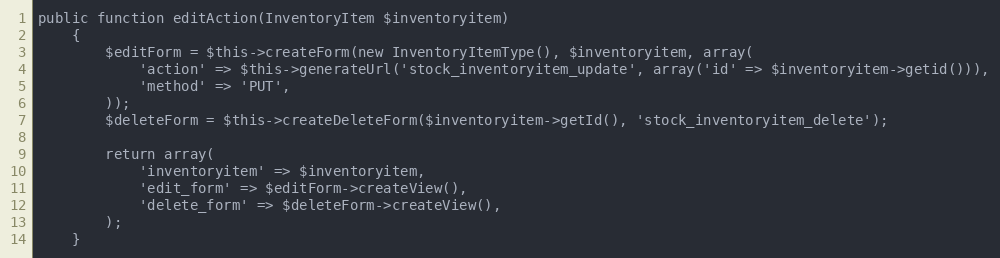
Language: PHP
public function editAction(InventoryItem $inventoryitem)
    {
        $editForm = $this->createForm(new InventoryItemType(), $inventoryitem, array(
            'action' => $this->generateUrl('stock_inventoryitem_update', array('id' => $inventoryitem->getid())),
            'method' => 'PUT',
        ));
        $deleteForm = $this->createDeleteForm($inventoryitem->getId(), 'stock_inventoryitem_delete');

        return array(
            'inventoryitem' => $inventoryitem,
            'edit_form' => $editForm->createView(),
            'delete_form' => $deleteForm->createView(),
        );
    }